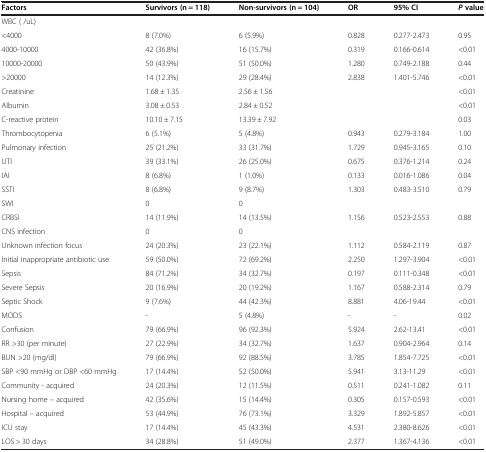
<table><thead><tr><td><b>Factors</b></td><td><b>Survivors (n = 118)</b></td><td><b>Non-survivors (n = 104)</b></td><td><b>OR</b></td><td><b>95% CI</b></td><td><b><i>P </i>value</b></td></tr></thead><tbody><tr><td>WBC ( /uL)</td><td> </td><td> </td><td> </td><td> </td><td> </td></tr><tr><td>&lt;4000</td><td>8 (7.0%)</td><td>6 (5.9%)</td><td>0.828</td><td>0.277-2.473</td><td>0.95</td></tr><tr><td>4000-10000</td><td>42 (36.8%)</td><td>16 (15.7%)</td><td>0.319</td><td>0.166-0.614</td><td>&lt;0.01</td></tr><tr><td>10000-20000</td><td>50 (43.9%)</td><td>51 (50.0%)</td><td>1.280</td><td>0.749-2.188</td><td>0.44</td></tr><tr><td>&gt;20000</td><td>14 (12.3%)</td><td>29 (28.4%)</td><td>2.838</td><td>1.401-5.746</td><td>&lt;0.01</td></tr><tr><td>Creatinine</td><td>1.68 ± 1.35</td><td>2.56 ± 1.56</td><td> </td><td> </td><td>&lt;0.01</td></tr><tr><td>Albumin</td><td>3.08 ± 0.53</td><td>2.84 ± 0.52</td><td> </td><td> </td><td>&lt;0.01</td></tr><tr><td>C-reactive protein</td><td>10.10 ± 7.15</td><td>13.39 ± 7.92</td><td> </td><td> </td><td>0.03</td></tr><tr><td>Thrombocytopenia</td><td>6 (5.1%)</td><td>5 (4.8%)</td><td>0.943</td><td>0.279-3.184</td><td>1.00</td></tr><tr><td>Pulmonary infection</td><td>25 (21.2%)</td><td>33 (31.7%)</td><td>1.729</td><td>0.945-3.165</td><td>0.10</td></tr><tr><td>UTI</td><td>39 (33.1%)</td><td>26 (25.0%)</td><td>0.675</td><td>0.376-1.214</td><td>0.24</td></tr><tr><td>IAI</td><td>8 (6.8%)</td><td>1 (1.0%)</td><td>0.133</td><td>0.016-1.086</td><td>0.04</td></tr><tr><td>SSTI</td><td>8 (6.8%)</td><td>9 (8.7%)</td><td>1.303</td><td>0.483-3.510</td><td>0.79</td></tr><tr><td>SWI</td><td>0</td><td>0</td><td> </td><td> </td><td> </td></tr><tr><td>CRBSI</td><td>14 (11.9%)</td><td>14 (13.5%)</td><td>1.156</td><td>0.523-2.553</td><td>0.88</td></tr><tr><td>CNS infection</td><td>0</td><td>0</td><td> </td><td> </td><td> </td></tr><tr><td>Unknown infection focus</td><td>24 (20.3%)</td><td>23 (22.1%)</td><td>1.112</td><td>0.584-2.119</td><td>0.87</td></tr><tr><td>Initial inappropriate antibiotic use</td><td>59 (50.0%)</td><td>72 (69.2%)</td><td>2.250</td><td>1.297-3.904</td><td>&lt;0.01</td></tr><tr><td>Sepsis</td><td>84 (71.2%)</td><td>34 (32.7%)</td><td>0.197</td><td>0.111-0.348</td><td>&lt;0.01</td></tr><tr><td>Severe Sepsis</td><td>20 (16.9%)</td><td>20 (19.2%)</td><td>1.167</td><td>0.588-2.314</td><td>0.79</td></tr><tr><td>Septic Shock</td><td>9 (7.6%)</td><td>44 (42.3%)</td><td>8.881</td><td>4.06-19.44</td><td>&lt;0.01</td></tr><tr><td>MODS</td><td>-</td><td>5 (4.8%)</td><td>-</td><td>-</td><td>0.02</td></tr><tr><td>Confusion</td><td>79 (66.9%)</td><td>96 (92.3%)</td><td>5.924</td><td>2.62-13.41</td><td>&lt;0.01</td></tr><tr><td>RR &gt;30 (per minute)</td><td>27 (22.9%)</td><td>34 (32.7%)</td><td>1.637</td><td>0.904-2.964</td><td>0.14</td></tr><tr><td>BUN &gt;20 (mg/dl)</td><td>79 (66.9%)</td><td>92 (88.5%)</td><td>3.785</td><td>1.854-7.725</td><td>&lt;0.01</td></tr><tr><td>SBP &lt;90 mmHg or DBP &lt;60 mmHg</td><td>17 (14.4%)</td><td>52 (50.0%)</td><td>5.941</td><td>3.13-11.29</td><td>&lt;0.01</td></tr><tr><td>Community - acquired</td><td>24 (20.3%)</td><td>12 (11.5%)</td><td>0.511</td><td>0.241-1.082</td><td>0.11</td></tr><tr><td>Nursing home – acquired</td><td>42 (35.6%)</td><td>15 (14.4%)</td><td>0.305</td><td>0.157-0.593</td><td>&lt;0.01</td></tr><tr><td>Hospital – acquired</td><td>53 (44.9%)</td><td>76 (73.1%)</td><td>3.329</td><td>1.892-5.857</td><td>&lt;0.01</td></tr><tr><td>ICU stay</td><td>17 (14.4%)</td><td>45 (43.3%)</td><td>4.531</td><td>2.380-8.626</td><td>&lt;0.01</td></tr><tr><td>LOS &gt; 30 days</td><td>34 (28.8%)</td><td>51 (49.0%)</td><td>2.377</td><td>1.367-4.136</td><td>&lt;0.01</td></tr></tbody></table>